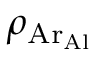
\rho _ { \mathrm { A r _ { A l } } }